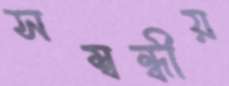
সম্বন্ধীয়